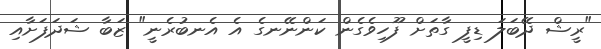
"ރީޝް ދޭބަލަ ޑިފީ ގާތަށް ފޫހިވެގެން ކަންނޭނގެ އެ އެނބުރެނީ" ޒަބާ ޝަދަފަށާއި